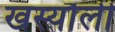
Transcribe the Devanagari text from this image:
खस्यौली